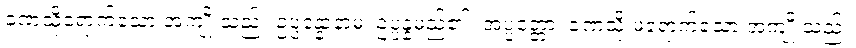
ခဏသို့ရောက်သော အကျိုးသည်။ ဥပ္ပန္နောနာမ၊ ဥပ္ပန္နမည်၏။ အပ္ပတ္တော၊ ခဏသို့ မရောက်သော အကျိုးသည်။